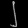
Digit: ၂